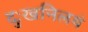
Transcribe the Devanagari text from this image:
दुःखनिलयं